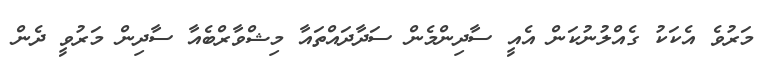
މަރުވެ އެކަކު ގެއްލުނުކަން އެއީ ސާދިންމެން ސަދާދައްތައާ މިޝްވާރްބެއާ ސާދިން މަރުވީ ދެން